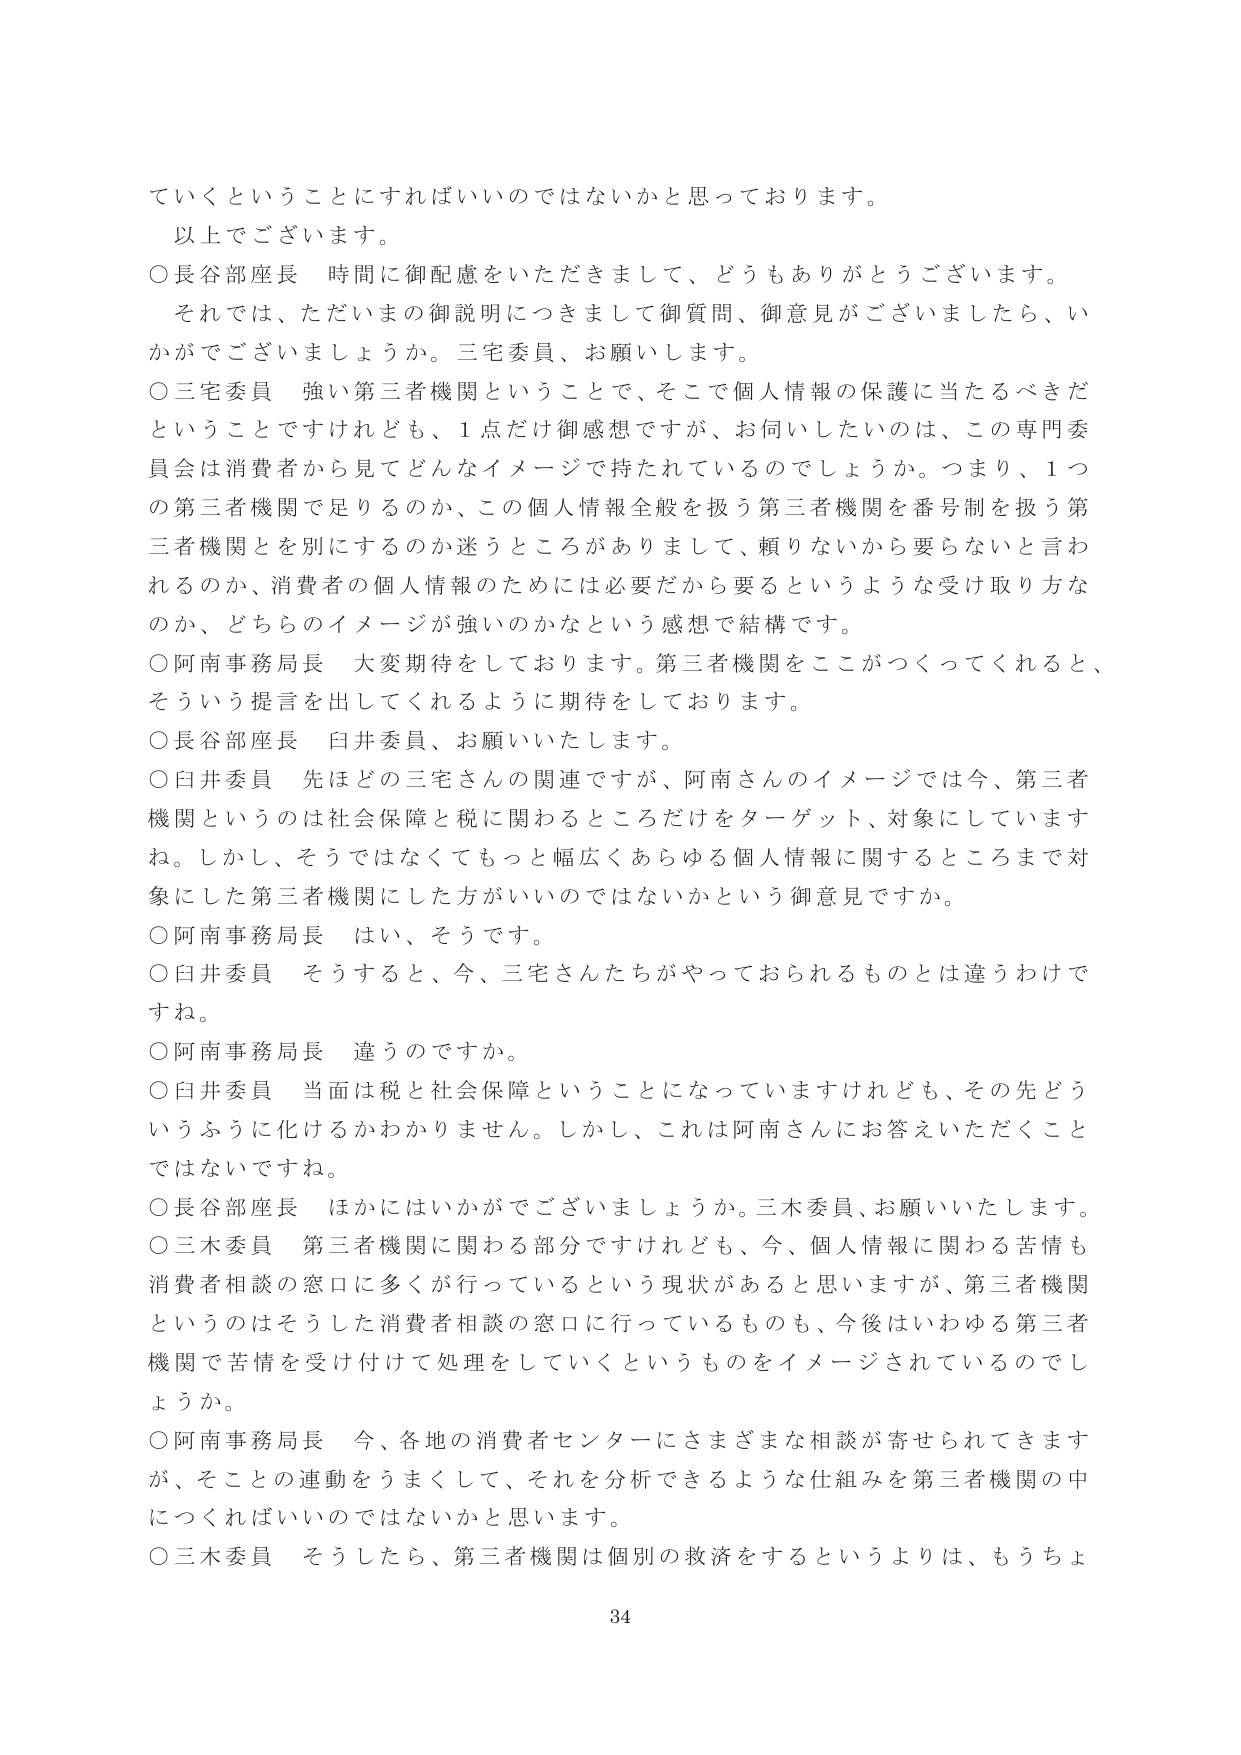
ていくということにすればいいのではないかと思っております。
以上でございます。
○長谷部座長 時間に御配慮をいただきまして、どうもありがとうございます。
それでは、ただいまの御説明につきまして御質問、御意見がございましたら、いかがでございましょうか。三宅委員、お願いします。
○三宅委員 強い第三者機関ということで、そこで個人情報の保護に当たるべきだということですけれども、1点だけ御感想ですが、お伺いしたいのは、この専門委員会は消費者から見てどんなイメージで持たれているのでしょうか。つまり、1つの第三者機関で足りるのか、この個人情報全般を扱う第三者機関を番号制を扱う第三者機関とを別にするのか迷うところがありまして、頼りないから要らないと言われるのか、消費者の個人情報のためには必要だから要るというような受け取り方なのか、どちらのイメージが強いのかなという感想で結構です。
○阿南事務局長 大変期待をしております。第三者機関をここがつくってくれると、そういう提言を出してくれるように期待をしております。
○長谷部座長 白井委員、お願いいたします。
○白井委員 先ほどの三宅さんの関連ですが、阿南さんのイメージでは今、第三者機関というのは社会保障と税に関わるところだけをターゲット、対象にしていますね。しかし、そうではなくてもっと幅広くあらゆる個人情報に関するところまで対象にした第三者機関にした方がいいのではないかという御意見ですか。
○阿南事務局長 はい、そうです。
○白井委員 そうすると、今、三宅さんたちがやっておられるものとは違うわけですね。
○阿南事務局長 違うのですか。
○白井委員 当面は税と社会保障ということになっていますけれども、その先どういうふうに化けるかわかりません。しかし、これは阿南さんにお答えいただくことではないですね。
○長谷部座長 ほかにはいかがでございましょうか。三木委員、お願いいたします。
○三木委員 第三者機関に関わる部分ですけれども、今、個人情報に関わる苦情も消費者相談の窓口に多くが行っているという現状があると思いますが、第三者機関というのはそうした消費者相談の窓口に行っているものも、今後はいわゆる第三者機関で苦情を受け付けて処理をしていくというものをイメージされているのでしょうか。
○阿南事務局長 今、各地の消費者センターにさまざまな相談が寄せられてきますが、そことの連動をうまくして、それを分析できるような仕組みを第三者機関の中につければいいのではないかと思います。
○三木委員 そうしたら、第三者機関は個別の救済をするというよりは、もうちょ
34